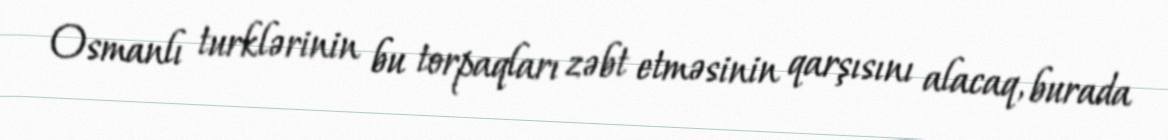
Osmanlı turklərinin bu torpaqları zəbt etməsinin qarşısını alacaq, burada